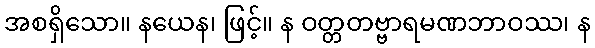
အစရှိသော။ နယေန၊ ဖြင့်။ န ဝတ္တတဗ္ဗာရမဏဘာဝဿ၊ န